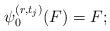
LaTeX: \begin{align*}\psi_{0}^{(r,t_j)}(F)=F;\end{align*}